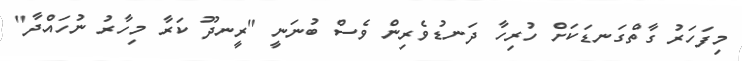
މިފަހަރު ގާތްގަނޑަކަށް ހުރިހާ ދަނޑުވެރިން ވެސް ބުނަނީ "ރީނދޫ ކަރާ މިހާރު ނުހައްދާ"